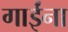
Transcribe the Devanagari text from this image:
गाईंना